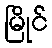
မြိုင်